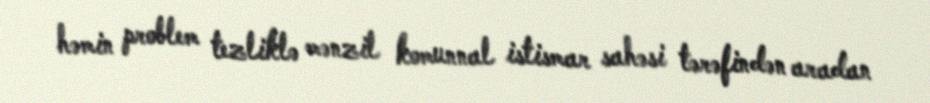
həmin problem tezliklə mənzil komunnal istismar sahəsi tərəfindən aradan